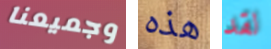
وجميعنا هذه لقد